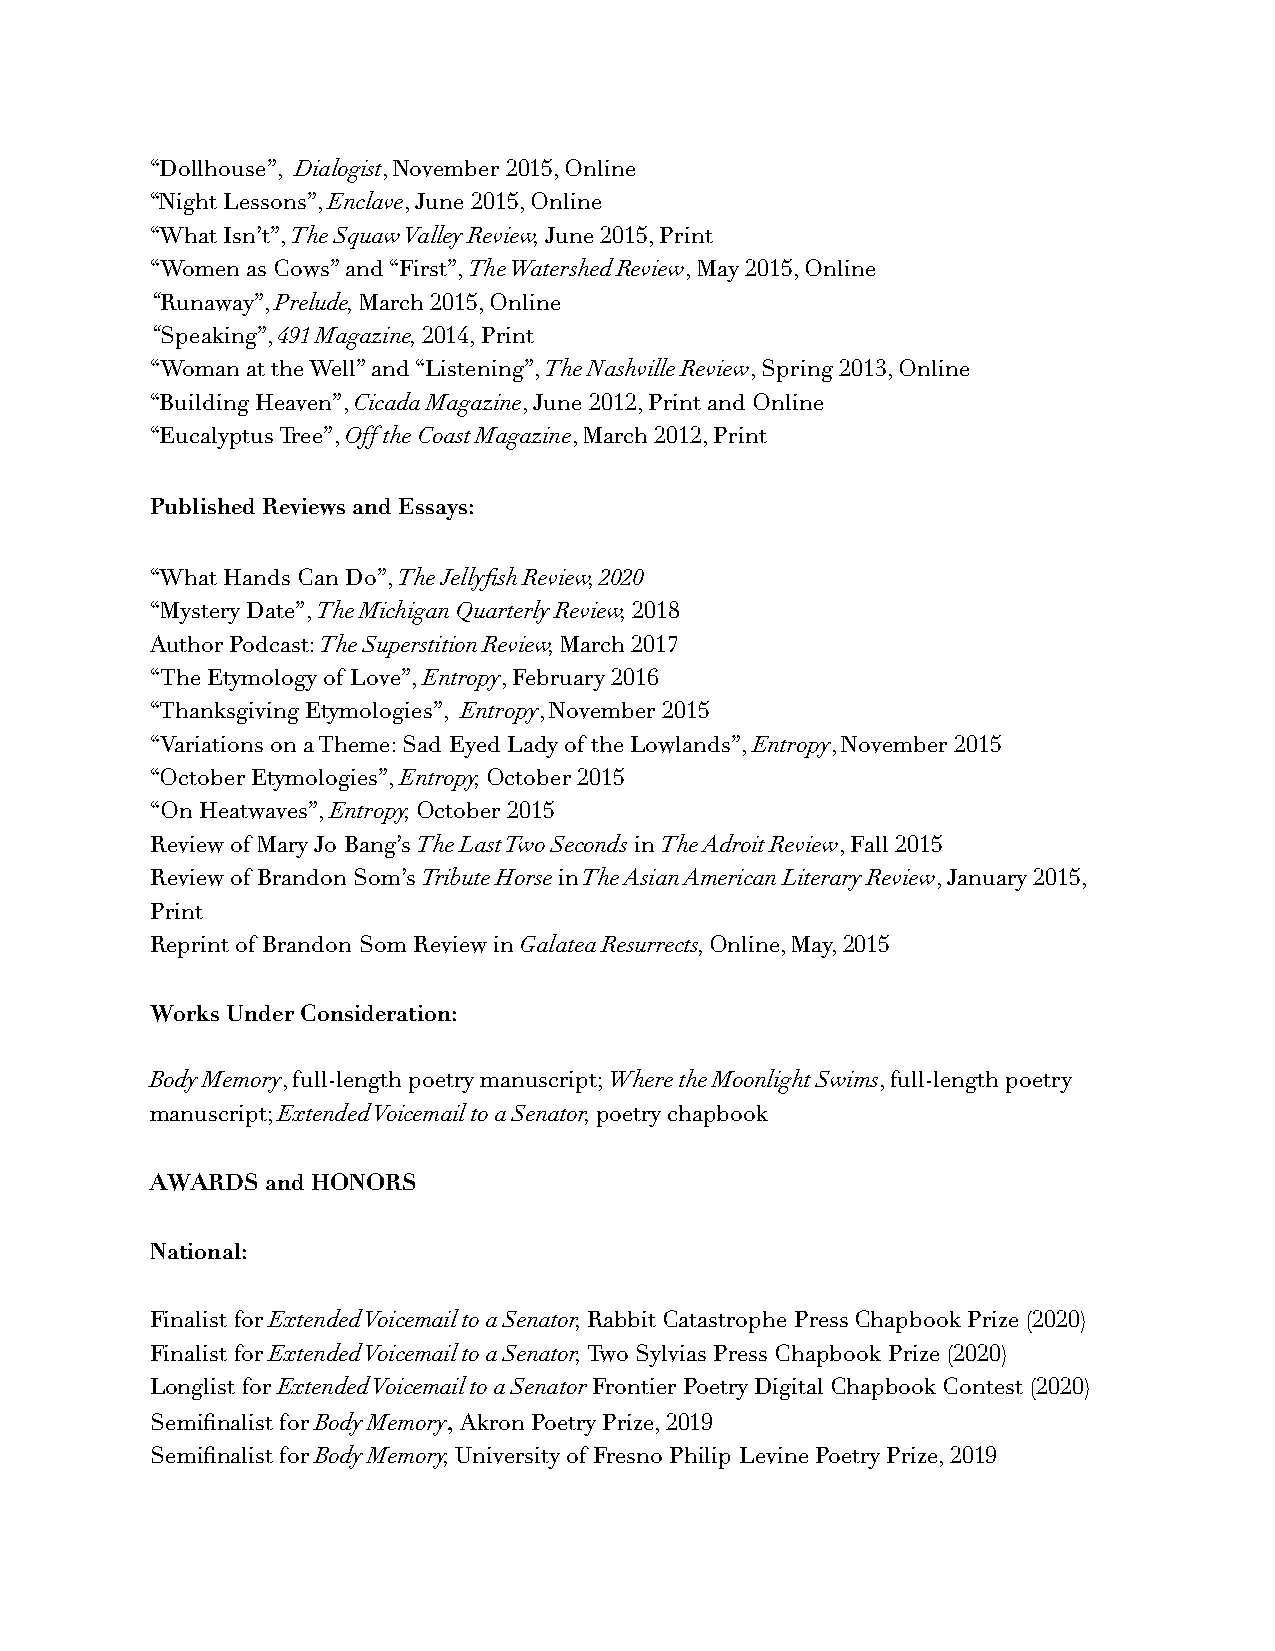
“Dollhouse”, Dialogist, November 2015, Online
 “Night Lessons”, Enclave, June 2015, Online
 “What Isn’t”, The Squaw Valley Review, June 2015, Print
 “Women as Cows” and “First”, The Watershed Review, May 2015, Online
 “Runaway”, Prelude, March 2015, Online
 “Speaking”, 491 Magazine, 2014, Print
 “Woman at the Well” and “Listening”, The Nashville Review, Spring 2013, Online
 “Building Heaven”, Cicada Magazine, June 2012, Print and Online
 “Eucalyptus Tree”, Off the Coast Magazine, March 2012, Print
 Published Reviews and Essays:
 “What Hands Can Do”, The Jellyfish Review, 2020
 “Mystery Date”, The Michigan Quarterly Review, 2018
 Author Podcast: The Superstition Review, March 2017
 “The Etymology of Love”, Entropy, February 2016
 “Thanksgiving Etymologies”, Entropy, November 2015
 “Variations on a Theme: Sad Eyed Lady of the Lowlands”, Entropy, November 2015
 “October Etymologies”, Entropy, October 2015
 “On Heatwaves”, Entropy, October 2015
 Review of Mary Jo Bang’s The Last Two Seconds in The Adroit Review, Fall 2015
 Review of Brandon Som’s Tribute Horse in The Asian American Literary Review, January 2015,
 Print
 Reprint of Brandon Som Review in Galatea Resurrects, Online, May, 2015
 Works Under Consideration:
 Body Memory, full-length poetry manuscript; Where the Moonlight Swims, full-length poetry
 manuscript; Extended Voicemail to a Senator, poetry chapbook
 AWARDS  and HONORS
 National:
 Finalist for Extended Voicemail to a Senator, Rabbit Catastrophe Press Chapbook Prize (2020)
 Finalist for Extended Voicemail to a Senator, Two Sylvias Press Chapbook Prize (2020)
 Longlist for Extended Voicemail to a Senator Frontier Poetry Digital Chapbook Contest (2020)
 Semifinalist for Body Memory, Akron Poetry Prize, 2019
 Semifinalist for Body Memory, University of Fresno Philip Levine Poetry Prize, 2019